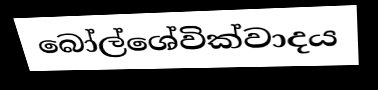
බෝල්ශේවික්වාදය